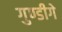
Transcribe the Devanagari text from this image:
गुण्डीगे